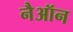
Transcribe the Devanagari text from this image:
नैऑन